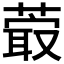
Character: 𦸤